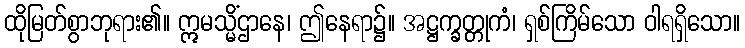
ထိုမြတ်စွာဘုရား၏။ ဣမသ္မိံဌာနေ၊ ဤနေရာ၌။ အဋ္ဌက္ခတ္တုကံ၊ ရှစ်ကြိမ်သော ဝါရရှိသော။